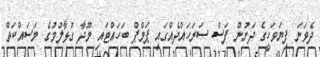
ދެވަނަ ފިޔަވަހީގެ ދަށުން ފަސް ސަރަހައްދެއްގައި ޕަމްޕް ބަހައްޓައި މޫދާ ގުޅާލުމުގެ މަސައްކަތް